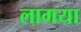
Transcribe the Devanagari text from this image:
लागया